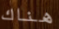
هناك